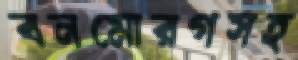
বনমোরগসহ